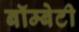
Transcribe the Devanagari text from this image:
बॉम्बेटी